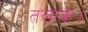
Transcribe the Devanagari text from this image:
तलाक।